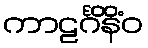
ကာဠင်္ဂိနိံဝ